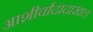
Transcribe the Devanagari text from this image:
आशीर्वादादाखल